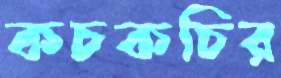
কচকচির